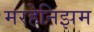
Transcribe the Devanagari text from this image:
मरहेनिझम